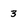
Character: 3